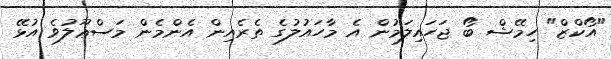
"އޯކްޒް" ހިމޭޝް ބޯ ޖަހައިލަމުން އެ މާހައުލުގެ ތެރެއިން އެންމެން މަސްޢޫލުވެ އުޅޭ